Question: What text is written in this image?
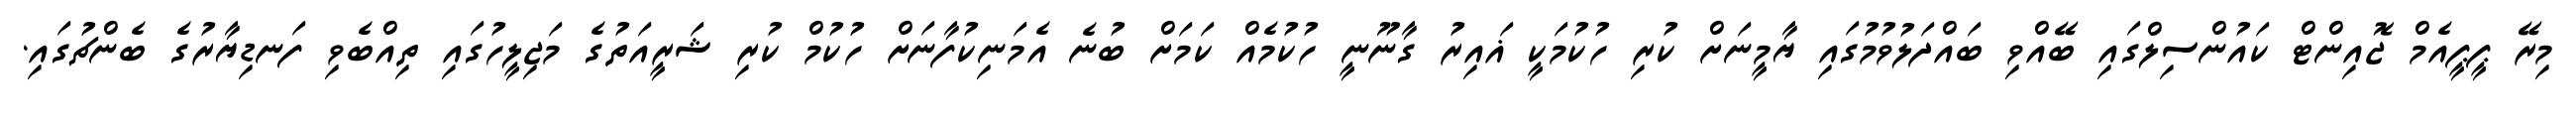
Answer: މިރޭ ޕީޕީއެމް ޖޮއިންޓް ކައުންސިލްގައި ބޭއްވި ބައްދަލުވުމުގައި ޔާމީނަށް ކުރި ހުކުމަކީ ޣައިރު ގާނޫނީ ހުކުމެއް ކަމަށް ބުނެ އެމަނިކުފާނަށް ހުކުމް ކުރި ޝަރީއަތުގެ މަޖިލީހުގައި ތިއްބެވި ފަނޑިޔާރުގެ ބެންޗުގައި.